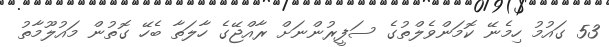
53 ގައުމު ހިމެނޭ ކޮމަންވެލްތުގެ ސަފީރުންނަށް ރާއްޖޭގެ ހާލަތާ ބެހޭ ގޮތުން މައުލޫމާތު